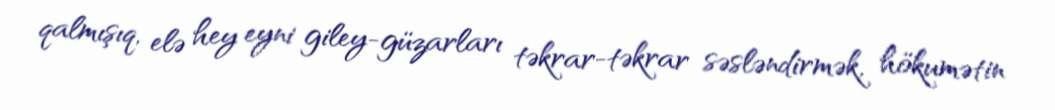
qalmışıq, elə hey eyni giley-güzarları təkrar-təkrar səsləndirmək, hökumətin